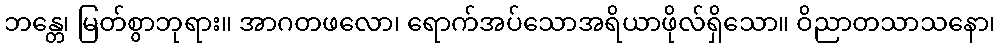
ဘန္တေ၊ မြတ်စွာဘုရား။ အာဂတဖလော၊ ရောက်အပ်သောအရိယာဖိုလ်ရှိသော။ ဝိညာတသာသနော၊